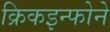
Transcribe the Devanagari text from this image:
क्रिकइन्फोने